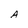
Character: A